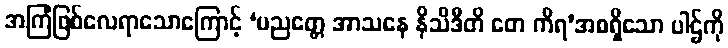
အကြံဖြစ်လေရာသောကြောင့် ‘ပညတ္တေ အာသနေ နိသိဒီတိ တေ ကိရ’အစရှိသော ပါဌ်ကို